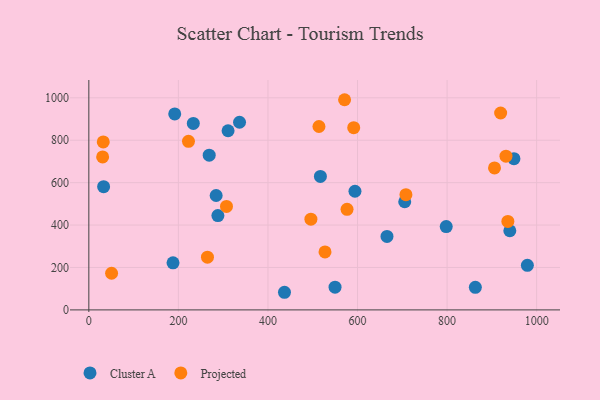
{"axis": {"x": "Ad Spend", "y": "Sales"}, "legend": ["Cluster A", "Projected"], "data": [{"x": "310.9", "y": 844.6, "type": "Cluster A"}, {"x": "940.1", "y": 373.1, "type": "Cluster A"}, {"x": "188.0", "y": 222.0, "type": "Cluster A"}, {"x": "665.8", "y": 346.3, "type": "Cluster A"}, {"x": "979.3", "y": 210.4, "type": "Cluster A"}, {"x": "284.3", "y": 539.5, "type": "Cluster A"}, {"x": "517.1", "y": 629.4, "type": "Cluster A"}, {"x": "798.1", "y": 392.8, "type": "Cluster A"}, {"x": "233.3", "y": 879.1, "type": "Cluster A"}, {"x": "949.3", "y": 713.2, "type": "Cluster A"}, {"x": "191.8", "y": 924.0, "type": "Cluster A"}, {"x": "33.0", "y": 581.2, "type": "Cluster A"}, {"x": "549.8", "y": 107.1, "type": "Cluster A"}, {"x": "288.2", "y": 444.8, "type": "Cluster A"}, {"x": "594.3", "y": 559.5, "type": "Cluster A"}, {"x": "268.8", "y": 729.6, "type": "Cluster A"}, {"x": "705.4", "y": 509.9, "type": "Cluster A"}, {"x": "336.5", "y": 884.7, "type": "Cluster A"}, {"x": "436.9", "y": 83.1, "type": "Cluster A"}, {"x": "863.1", "y": 106.6, "type": "Cluster A"}, {"x": "571.1", "y": 991.0, "type": "Projected"}, {"x": "919.6", "y": 928.3, "type": "Projected"}, {"x": "708.1", "y": 543.4, "type": "Projected"}, {"x": "264.9", "y": 248.6, "type": "Projected"}, {"x": "30.8", "y": 721.3, "type": "Projected"}, {"x": "32.2", "y": 791.9, "type": "Projected"}, {"x": "307.4", "y": 487.8, "type": "Projected"}, {"x": "905.9", "y": 669.6, "type": "Projected"}, {"x": "931.5", "y": 724.9, "type": "Projected"}, {"x": "935.7", "y": 417.2, "type": "Projected"}, {"x": "591.5", "y": 859.2, "type": "Projected"}, {"x": "576.6", "y": 474.4, "type": "Projected"}, {"x": "495.9", "y": 427.6, "type": "Projected"}, {"x": "50.8", "y": 172.8, "type": "Projected"}, {"x": "527.4", "y": 273.2, "type": "Projected"}, {"x": "222.5", "y": 794.9, "type": "Projected"}, {"x": "513.9", "y": 864.7, "type": "Projected"}]}